Annual administration and progress report of the Indian Medical Department, Bombay
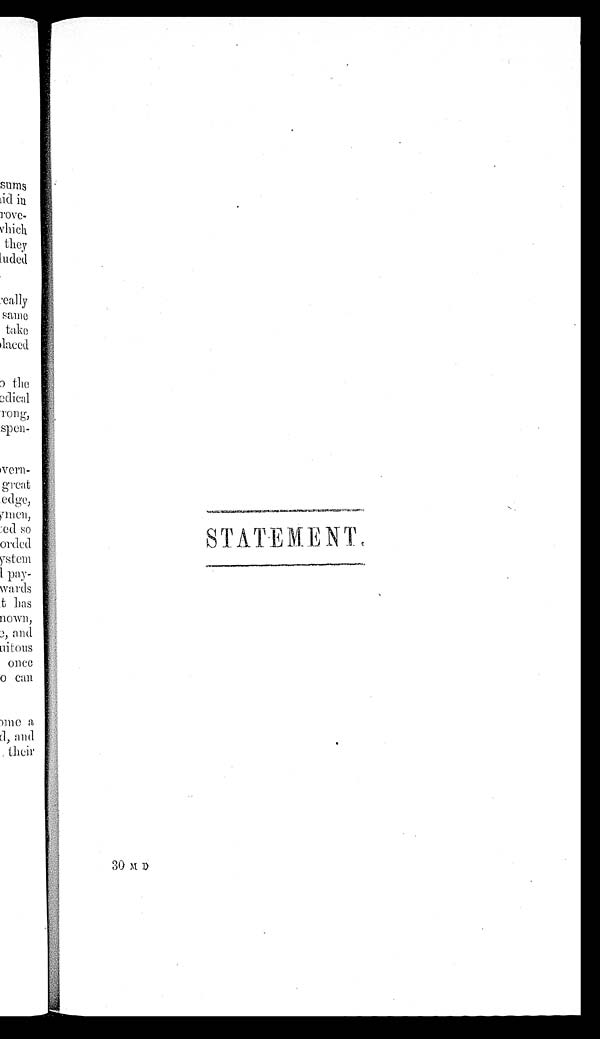
STATEMENT.
3 0 M D